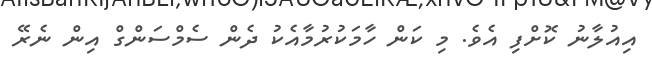
އިއުލާނު ކޮށްފި އެވެ. މި ކަން ހާމަކުރުމާއެކު ދެން ސެމްސަންގް އިން ނެރޭ